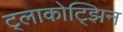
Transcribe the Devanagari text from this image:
ट्लाकोट्झिन